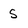
Character: 5